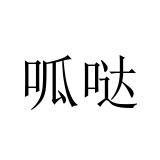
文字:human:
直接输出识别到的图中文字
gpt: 呱哒